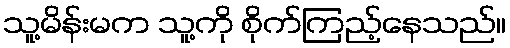
သူ့မိန်းမက သူ့ကို စိုက်ကြည့်နေသည်။